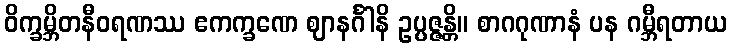
ဝိက္ခမ္ဘိတနီဝရဏဿ ဧကက္ခဏေ ဈာနင်္ဂါနိ ဥပ္ပဇ္ဇန္တိ။ စာဂဂုဏာနံ ပန ဂမ္ဘီရတာယ